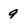
Character: 9